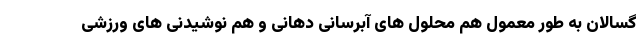
گسالان به طور معمول هم محلول های آبرسانی دهانی و هم نوشیدنی های ورزشی